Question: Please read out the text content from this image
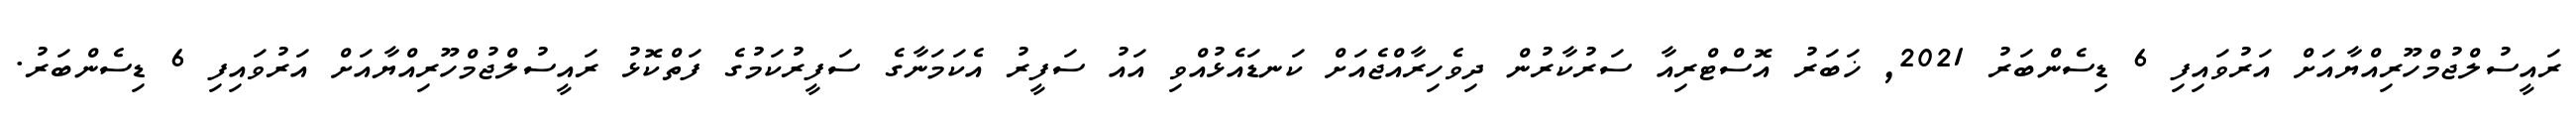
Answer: ރައީސުލްޖުމްހޫރިއްޔާއަށް އަރުވައިފި 6 ޑިސެންބަރު 2021, ޚަބަރު އޮސްޓްރިއާ ސަރުކާރުން ދިވެހިރާއްޖެއަށް ކަނޑައެޅުއްވި އައު ސަފީރު އެކަމަނާގެ ސަފީރުކަމުގެ ފަތްކޮޅު ރައީސުލްޖުމްހޫރިއްޔާއަށް އަރުވައިފި 6 ޑިސެންބަރު.